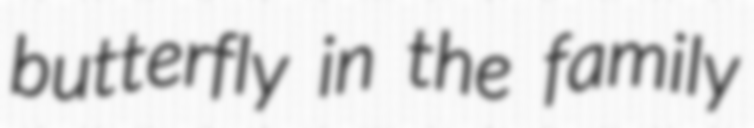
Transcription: butterfly in the family